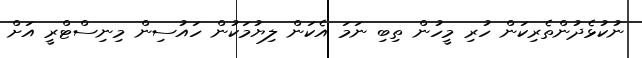
ނުކުޅެދުންތެރިކަން ހުރި މީހުން ތިބި ނަމަ އެކަން ލިޔުމަކުން ހައުސިން މިނިސްޓްރީ އަށް